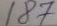
187